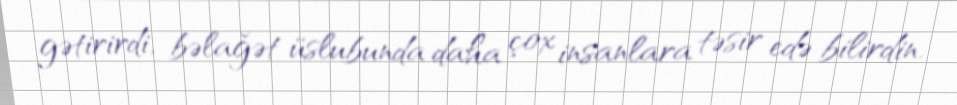
gətirirdi, bəlağət üslubunda daha çox insanlara təsir edə bilirdin.